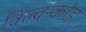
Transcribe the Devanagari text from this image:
विल्वन्कोड